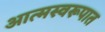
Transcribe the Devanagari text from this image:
आत्मस्वरूपात